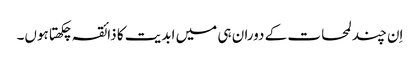
اِن چند لمحات کے دوران ہی میں ابدیت کا ذائقہ چکھتا ہوں۔